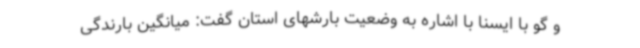
و گو با ایسنا با اشاره به وضعیت بارشهای استان گفت: میانگین بارندگی